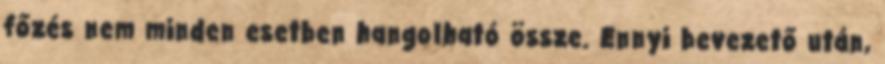
főzés nem minden esetben hangolható össze. Ennyi bevezető után,